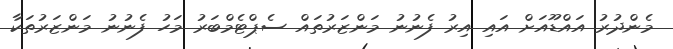
މެންދުރު އައްޑޫއަށް އައި އިރު ފެނުނު މަންޒަރުތައް ސެޕްޓެމްބަރު މަހު ފެނުނު މަންޒަރުތަކާ